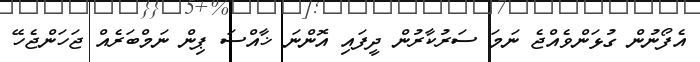
އެފޯނުން ގުޅަންވެއްޖެ ނަމަ ސަރުކާރުން ދީފައި އޮންނަ ޚާއްސަ ޕިން ނަމްބަރެއް ޖަހަންޖެހޭ